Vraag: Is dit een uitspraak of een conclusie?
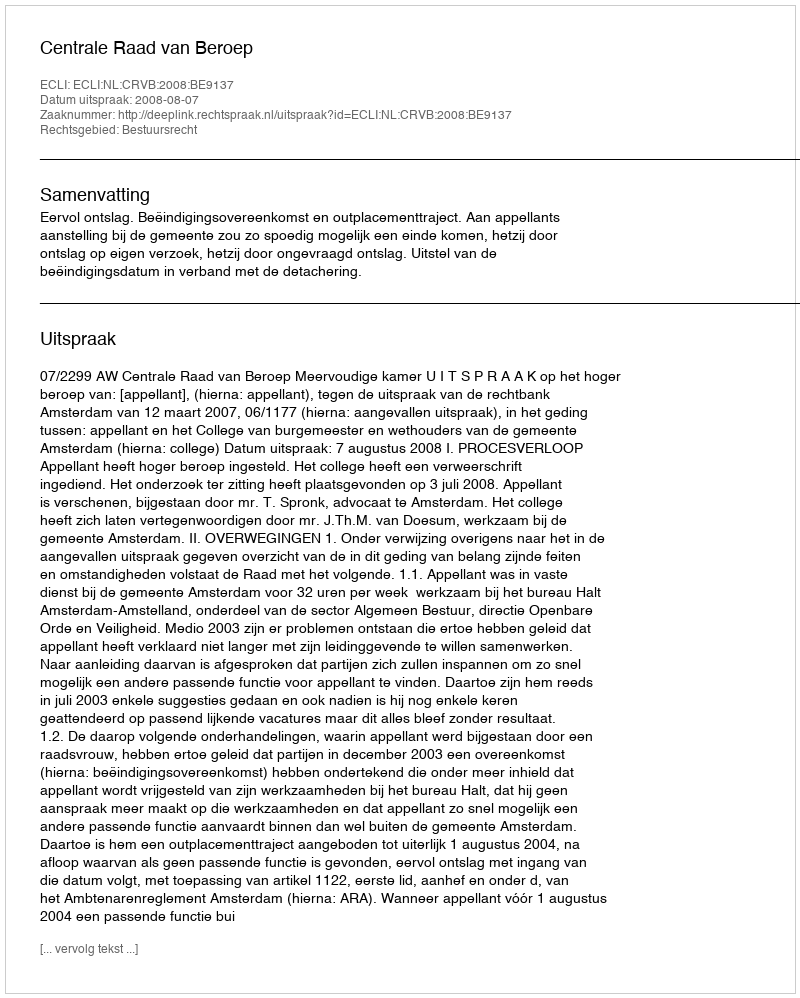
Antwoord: Uitspraak